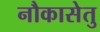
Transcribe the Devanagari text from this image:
नौकासेतु